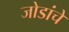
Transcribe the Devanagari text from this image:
जोडांचे